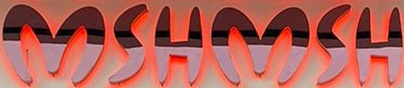
MSHMSH